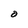
Character: O